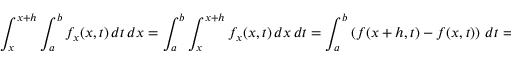
\int _ { x } ^ { x + h } \int _ { a } ^ { b } f _ { x } ( x , t ) \, d t \, d x = \int _ { a } ^ { b } \int _ { x } ^ { x + h } f _ { x } ( x , t ) \, d x \, d t = \int _ { a } ^ { b } \left( f ( x + h , t ) - f ( x , t ) \right) \, d t = \int _ { a } ^ { b } f ( x + h , t ) \, d t - \int _ { a } ^ { b } f ( x , t ) \, d t